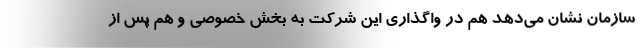
سازمان نشان می‌دهد هم در واگذاری این شرکت به بخش خصوصی و هم پس از